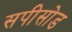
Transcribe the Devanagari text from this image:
सपीसोड